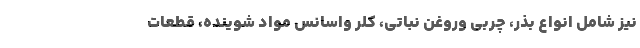
نیز شامل انواع بذر، چربی وروغن نباتی، کلر واسانس مواد شوینده، قطعات